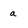
Character: a